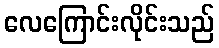
လေကြောင်းလိုင်းသည်